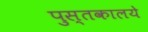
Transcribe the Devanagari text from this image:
पुस्तकालये